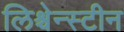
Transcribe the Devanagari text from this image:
लिश्चेन्स्टीन